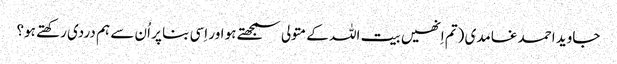
جاوید احمد غامدی (تم اِنھیں بیت اللہ کے متولی سمجھتے ہو اور اِسی بنا پر اُن سے ہم دردی رکھتے ہو؟